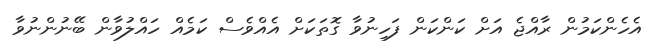
އެހެންކަމުން ރާއްޖެ އަށް ކަންކަން ފަހިނުވާ ގޮތަކަށް އެއްވެސް ކަމެއް ހައްލުވާން ބޭނުންނުވާ